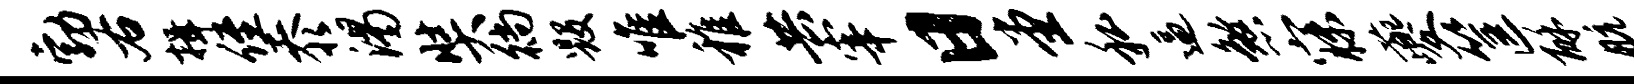
勃右揖侄忝渴奘徜毁唯稚共宰日堂私逼煞寐夔筐酥航